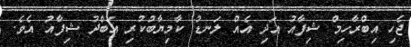
ޖެހި އިބްރާހިމް ޝިފާއު އަދި އެއް ލަނޑު ކާމިޔާބުކުރި އަބްދު ޝިފާއު އެވެ.